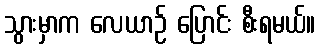
သွားမှာက လေယာဉ် ပြောင်း စီးရမယ်။